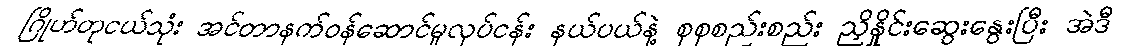
ဂြိုဟ်တုငယ်သုံး အင်တာနက်ဝန်ဆောင်မှုလုပ်ငန်း နယ်ပယ်နဲ့ စုစုစည်းစည်း ညှိနှိုင်းဆွေးနွေးပြီး အဲဒီ